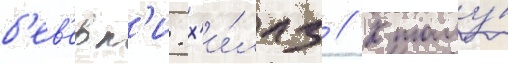
б'ев'ерл'и-х'и́ллз // К тому́